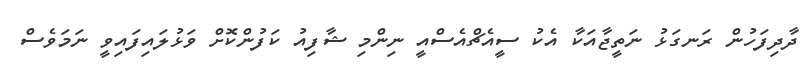
ދާދިފަހުން ރަނގަޅު ނަތީޖާއަކާ އެކު ސީއެޗްއެސްއީ ނިންމި ޝާފިއު ކަފުންކޮށް ވަޅުލައިފައިވީ ނަމަވެސް